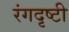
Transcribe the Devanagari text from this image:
रंगदृष्टी